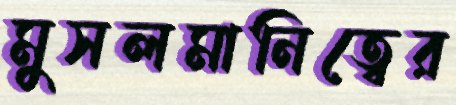
মুসলমানিত্বের